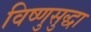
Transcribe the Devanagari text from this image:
विष्णुसुद्धा